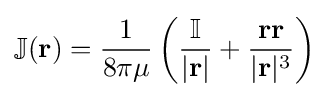
\mathbb {J} (\mathbf {r} )={1 \over 8\pi \mu }\left({\frac {\mathbb {I} }{|\mathbf {r} |}}+{\frac {\mathbf {r} \mathbf {r} }{|\mathbf {r} |^{3}}}\right)